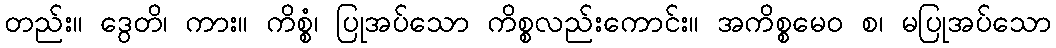
တည်း။ ဒွေတိ၊ ကား။ ကိစ္စံ၊ ပြုအပ်သော ကိစ္စလည်းကောင်း။ အကိစ္စမေဝ စ၊ မပြုအပ်သော